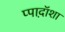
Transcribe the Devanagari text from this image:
प्पाद़ॉशा